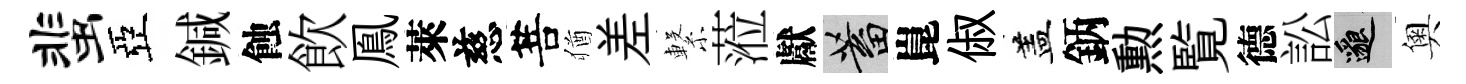
蜚亞鍼蝕飲鳯萊慈菩猶差繋蒞獻蓄崑俶盖鈵勲覧德訟邈奧